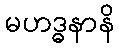
မဟဒ္ဓနာနိ